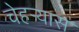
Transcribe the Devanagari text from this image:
चेहर्‍यास